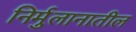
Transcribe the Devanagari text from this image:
निर्मुलानातील